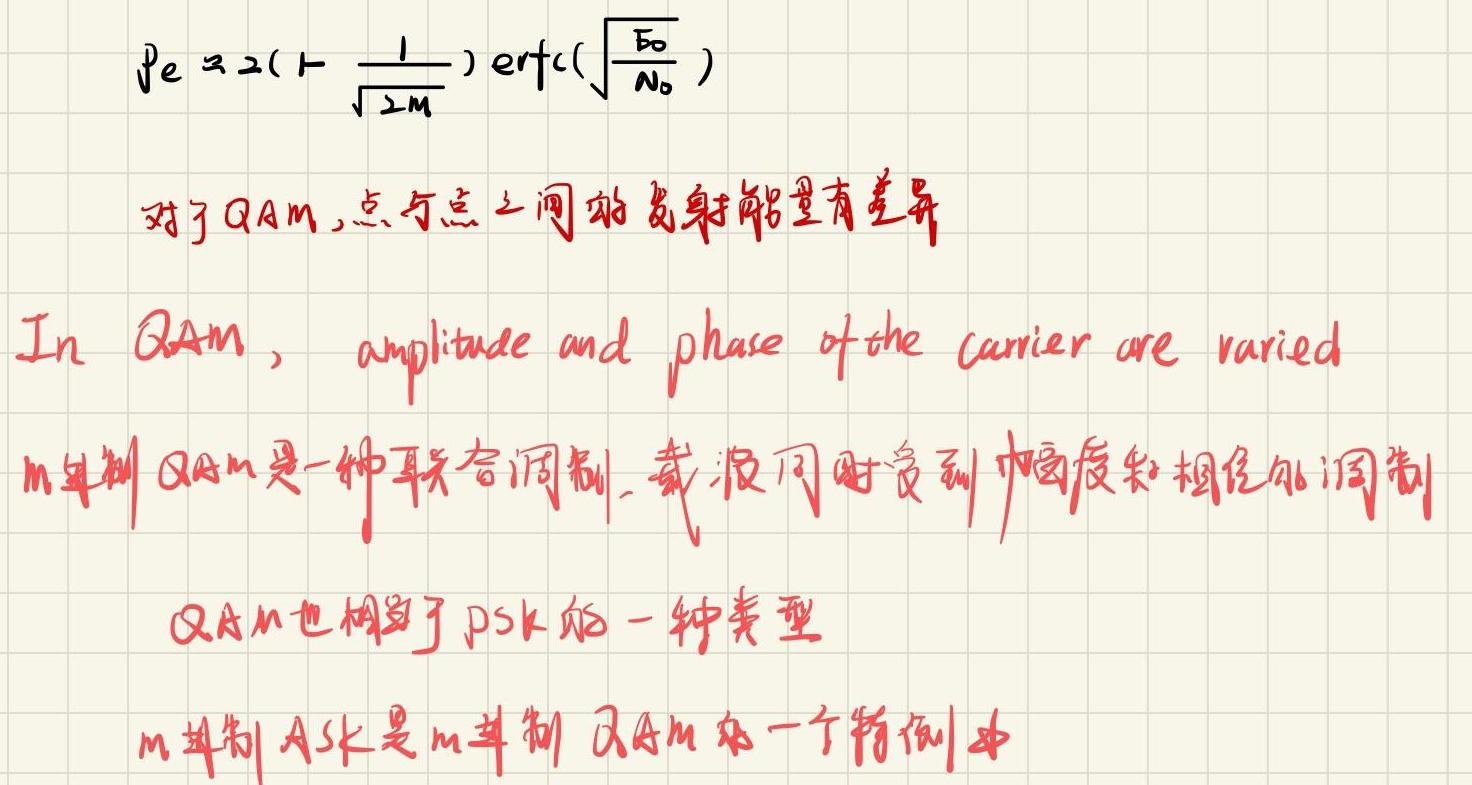
\[ P_e \approx 2\left(1 - \frac{1}{\sqrt{2M}}\right) \mathrm{erfc}\left(\sqrt{\frac{E_0}{N_0}}\right) \]
对于QAM，点与点之间的发射能量有差异
In QAM, amplitude and phase of the carrier are varied
m进制QAM是一种联合调制，载波同时受到幅度和相位的调制
QAM也相当于PSK的一种类型
m进制ASK是m进制QAM的一个特例